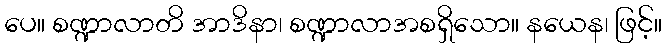
ပေ။ စဏ္ဍာလာတိ အာဒိနာ၊ စဏ္ဍာလာအစရှိသော။ နယေန၊ ဖြင့်။